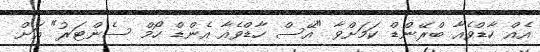
އެއް ހާޑްވެއާ ބްރޭންޑް ކަމަށްވާ "އޭސް ހާޑްވެއާ އެންޑް ހޯމް ސެންޓަރު" އަށް